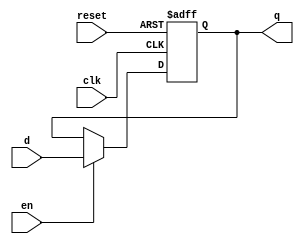
module ffd(input clk, input reset, input en, input d, output reg q);

  always @ (posedge clk, posedge reset)
  if (reset) q <= 1'b0;
  else if (en == 1) q <= d;

endmodule

module ffd2(input clk, reset, en, input [1:0] d, output [1:0] q);

  ffd a0(clk, reset, en, d[0], q[0]);
  ffd a1(clk, reset, en, d[1], q[1]);

endmodule

module ffd4(input clk, reset, en, input [3:0] d, output [3:0] q);

  ffd a0(clk, reset, en, d[0], q[0]);
  ffd a1(clk, reset, en, d[1], q[1]);
  ffd a2(clk, reset, en, d[2], q[2]);
  ffd a3(clk, reset, en, d[3], q[3]);

endmodule